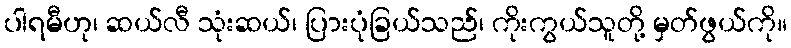
ပါရမီဟု၊ ဆယ်လီ သုံးဆယ်၊ ပြားပုံခြယ်သည်၊ ကိုးကွယ်သူတို့ မှတ်ဖွယ်ကို။